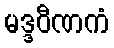
မဒ္ဒဝီဏကံ